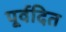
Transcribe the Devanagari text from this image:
पूर्वदित